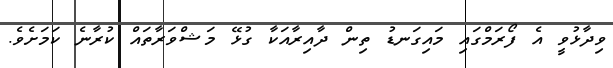
ވިދާޅުވީ އެ ފޯރަމްގައި މައިގަނޑު ތިން ދާއިރާއަކާ ގުޅޭ މަޝްވަރާތައް ކުރާނެ ކަމަށެވެ.